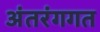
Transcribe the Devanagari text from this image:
अंतरंगगत